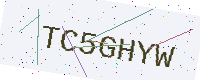
Text: TC5GHYW